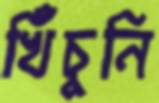
খিঁচুনি